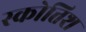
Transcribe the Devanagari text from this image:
स्कोत्तिश